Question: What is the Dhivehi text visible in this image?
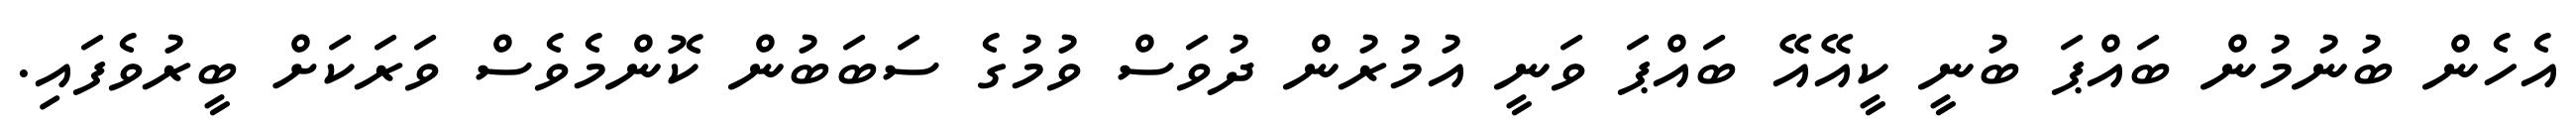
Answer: އެހެން ބުނުމުން ބައްޕަ ބުނީ ކީއޭއޭ ބައްޕަ ވަނީ އުމުރުން ދުވަސް ވުމުގެ ސަބަބުން ކޮންމެވެސް ވަރަކަށް ބީރުވެފައި.